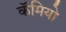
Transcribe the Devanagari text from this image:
कॅमियो